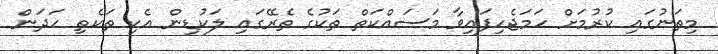
މިތަނުގައި ކުރުމަށް ހަމަޖެހިފައިވާ މަސައްކަތް ތަކުގެ ތެރޭގައި ލަކުޑިން އެކި ތަކެތި ހަދަން